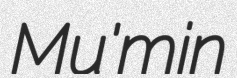
Mu'min